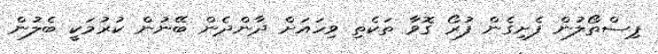
ޕިސްތޯލުން ފެށިގެން ފުރޯ ގޮވާ ތަކެތި ވިހައަށް ދާންދެން ބޭނުން ކުރުމަކީ ބެލުން